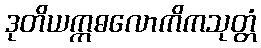
ဒုတိယဣဓလောကိကသုတ္တံ